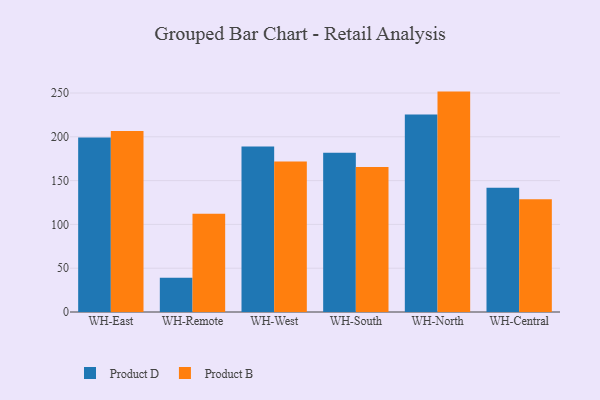
{"axis": {"x": "Warehouse", "y": "Operating Costs (USD K)"}, "legend": ["Product B", "Product D"], "data": [{"x": "WH-East", "y": 199.1, "type": "Product D"}, {"x": "WH-East", "y": 206.7, "type": "Product B"}, {"x": "WH-Remote", "y": 39.1, "type": "Product D"}, {"x": "WH-Remote", "y": 112.1, "type": "Product B"}, {"x": "WH-West", "y": 189.0, "type": "Product D"}, {"x": "WH-West", "y": 171.7, "type": "Product B"}, {"x": "WH-South", "y": 181.9, "type": "Product D"}, {"x": "WH-South", "y": 165.4, "type": "Product B"}, {"x": "WH-North", "y": 225.5, "type": "Product D"}, {"x": "WH-North", "y": 251.6, "type": "Product B"}, {"x": "WH-Central", "y": 141.8, "type": "Product D"}, {"x": "WH-Central", "y": 128.8, "type": "Product B"}]}